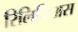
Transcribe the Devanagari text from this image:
रिलिजिअस